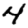
Digit: 4